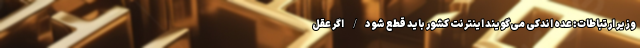
وزیر ارتباطات: عده اندکی می‌گویند اینترنت کشور باید قطع شود/ اگر عقل